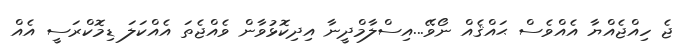
ޖެ ހިއްޖެއްޔާ އެއްވެސް ޙައްޤެއް ނޯވޭ...އިސްލާމްދީނާ އިދިކޮޅުވާން ވެއްޖެތަ އެއްކަލަ ޑިމޮކްރަސީ އެއް